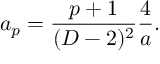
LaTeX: a _ { p } = { \frac { p + 1 } { ( D - 2 ) ^ { 2 } } } { \frac { 4 } { a } } .